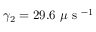
\gamma _ { 2 } = 2 9 . 6 ~ \mu \mathrm { ~ s ~ } ^ { - 1 }